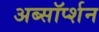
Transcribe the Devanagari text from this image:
अब्सॉर्प्शन